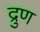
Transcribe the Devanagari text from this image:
द्रुण